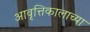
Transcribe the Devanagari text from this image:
आवृत्तिकालाच्या